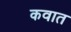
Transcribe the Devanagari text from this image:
कवात